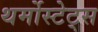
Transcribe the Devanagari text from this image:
थर्मोस्टेट्स